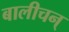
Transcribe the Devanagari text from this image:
बालीचन्